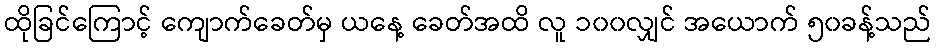
ထိုခြင်ကြောင့် ကျောက်ခေတ်မှ ယနေ့ ခေတ်အထိ လူ ၁၀၀လျှင် အယောက် ၅၀ခန့်သည်